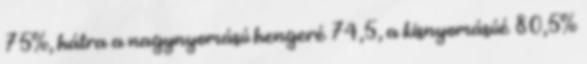
75%, hátra a nagynyomású hengeré 74,5, a kisnyomásúé 80,5%